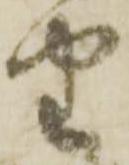
由